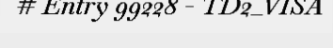
# Entry 99228 - TD2_VISA